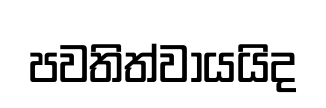
පවතිත්වායයිද